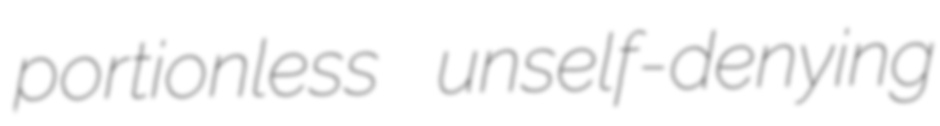
portionless unself-denying